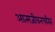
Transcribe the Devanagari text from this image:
आत्मजीवनचरित